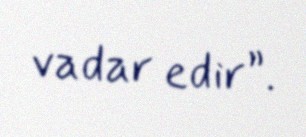
vadar edir”.